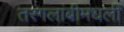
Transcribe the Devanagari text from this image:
तरंगलांबीमधली